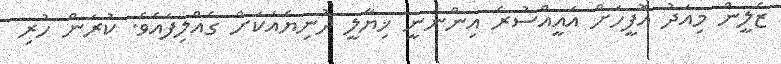
ޒެލީން މިއަދު އޮފީހަށް އައީއްސުރެ އިންނަނީ ޚިޔާލީ ދުނިޔެއަކަށް ގެއްލިފައެވެ. ކުރަން ހުރި